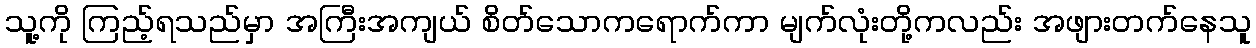
သူ့ကို ကြည့်ရသည်မှာ အကြီးအကျယ် စိတ်သောကရောက်ကာ မျက်လုံးတို့ကလည်း အဖျားတက်နေသူ